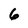
Character: 6